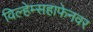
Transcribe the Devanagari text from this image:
विल्हेम्सहाफेनवर